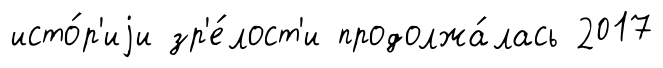
исто́р'иjи зр'е́лост'и продолжа́лась 2017